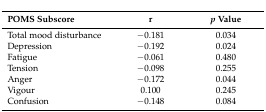
| POMS Subscore | r | p Value |
 | --- | --- | --- |
 | Total mood disturbance | −0.181 | 0.034 |
 | Depression | −0.192 | 0.024 |
 | Fatigue | −0.061 | 0.480 |
 | Tension | −0.098 | 0.255 |
 | Anger | −0.172 | 0.044 |
 | Vigour | 0.100 | 0.245 |
 | Confusion | −0.148 | 0.084 |